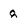
Character: 8